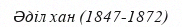
Әділ хан (1847-1872)